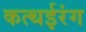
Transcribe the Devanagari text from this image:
कत्थईरंग